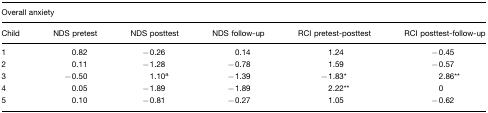
<table><thead><tr><td colspan="6"><b>Overall anxiety</b></td></tr><tr><td><b>Child</b></td><td><b>NDS pretest</b></td><td><b>NDS posttest</b></td><td><b>NDS follow-up</b></td><td><b>RCI pretest-posttest</b></td><td><b>RCI posttest-follow-up</b></td></tr></thead><tbody><tr><td>1</td><td>0.82</td><td>−0.26</td><td>0.14</td><td>1.24</td><td>−0.45</td></tr><tr><td>2</td><td>0.11</td><td>−1.28</td><td>−0.78</td><td>1.59</td><td>−0.57</td></tr><tr><td>3</td><td>−0.50</td><td>1.10<sup>a</sup></td><td>−1.39</td><td>−1.83*</td><td>2.86**</td></tr><tr><td>4</td><td>0.05</td><td>−1.89</td><td>−1.89</td><td>2.22**</td><td>0</td></tr><tr><td>5</td><td>0.10</td><td>−0.81</td><td>−0.27</td><td>1.05</td><td>−0.62</td></tr></tbody></table>